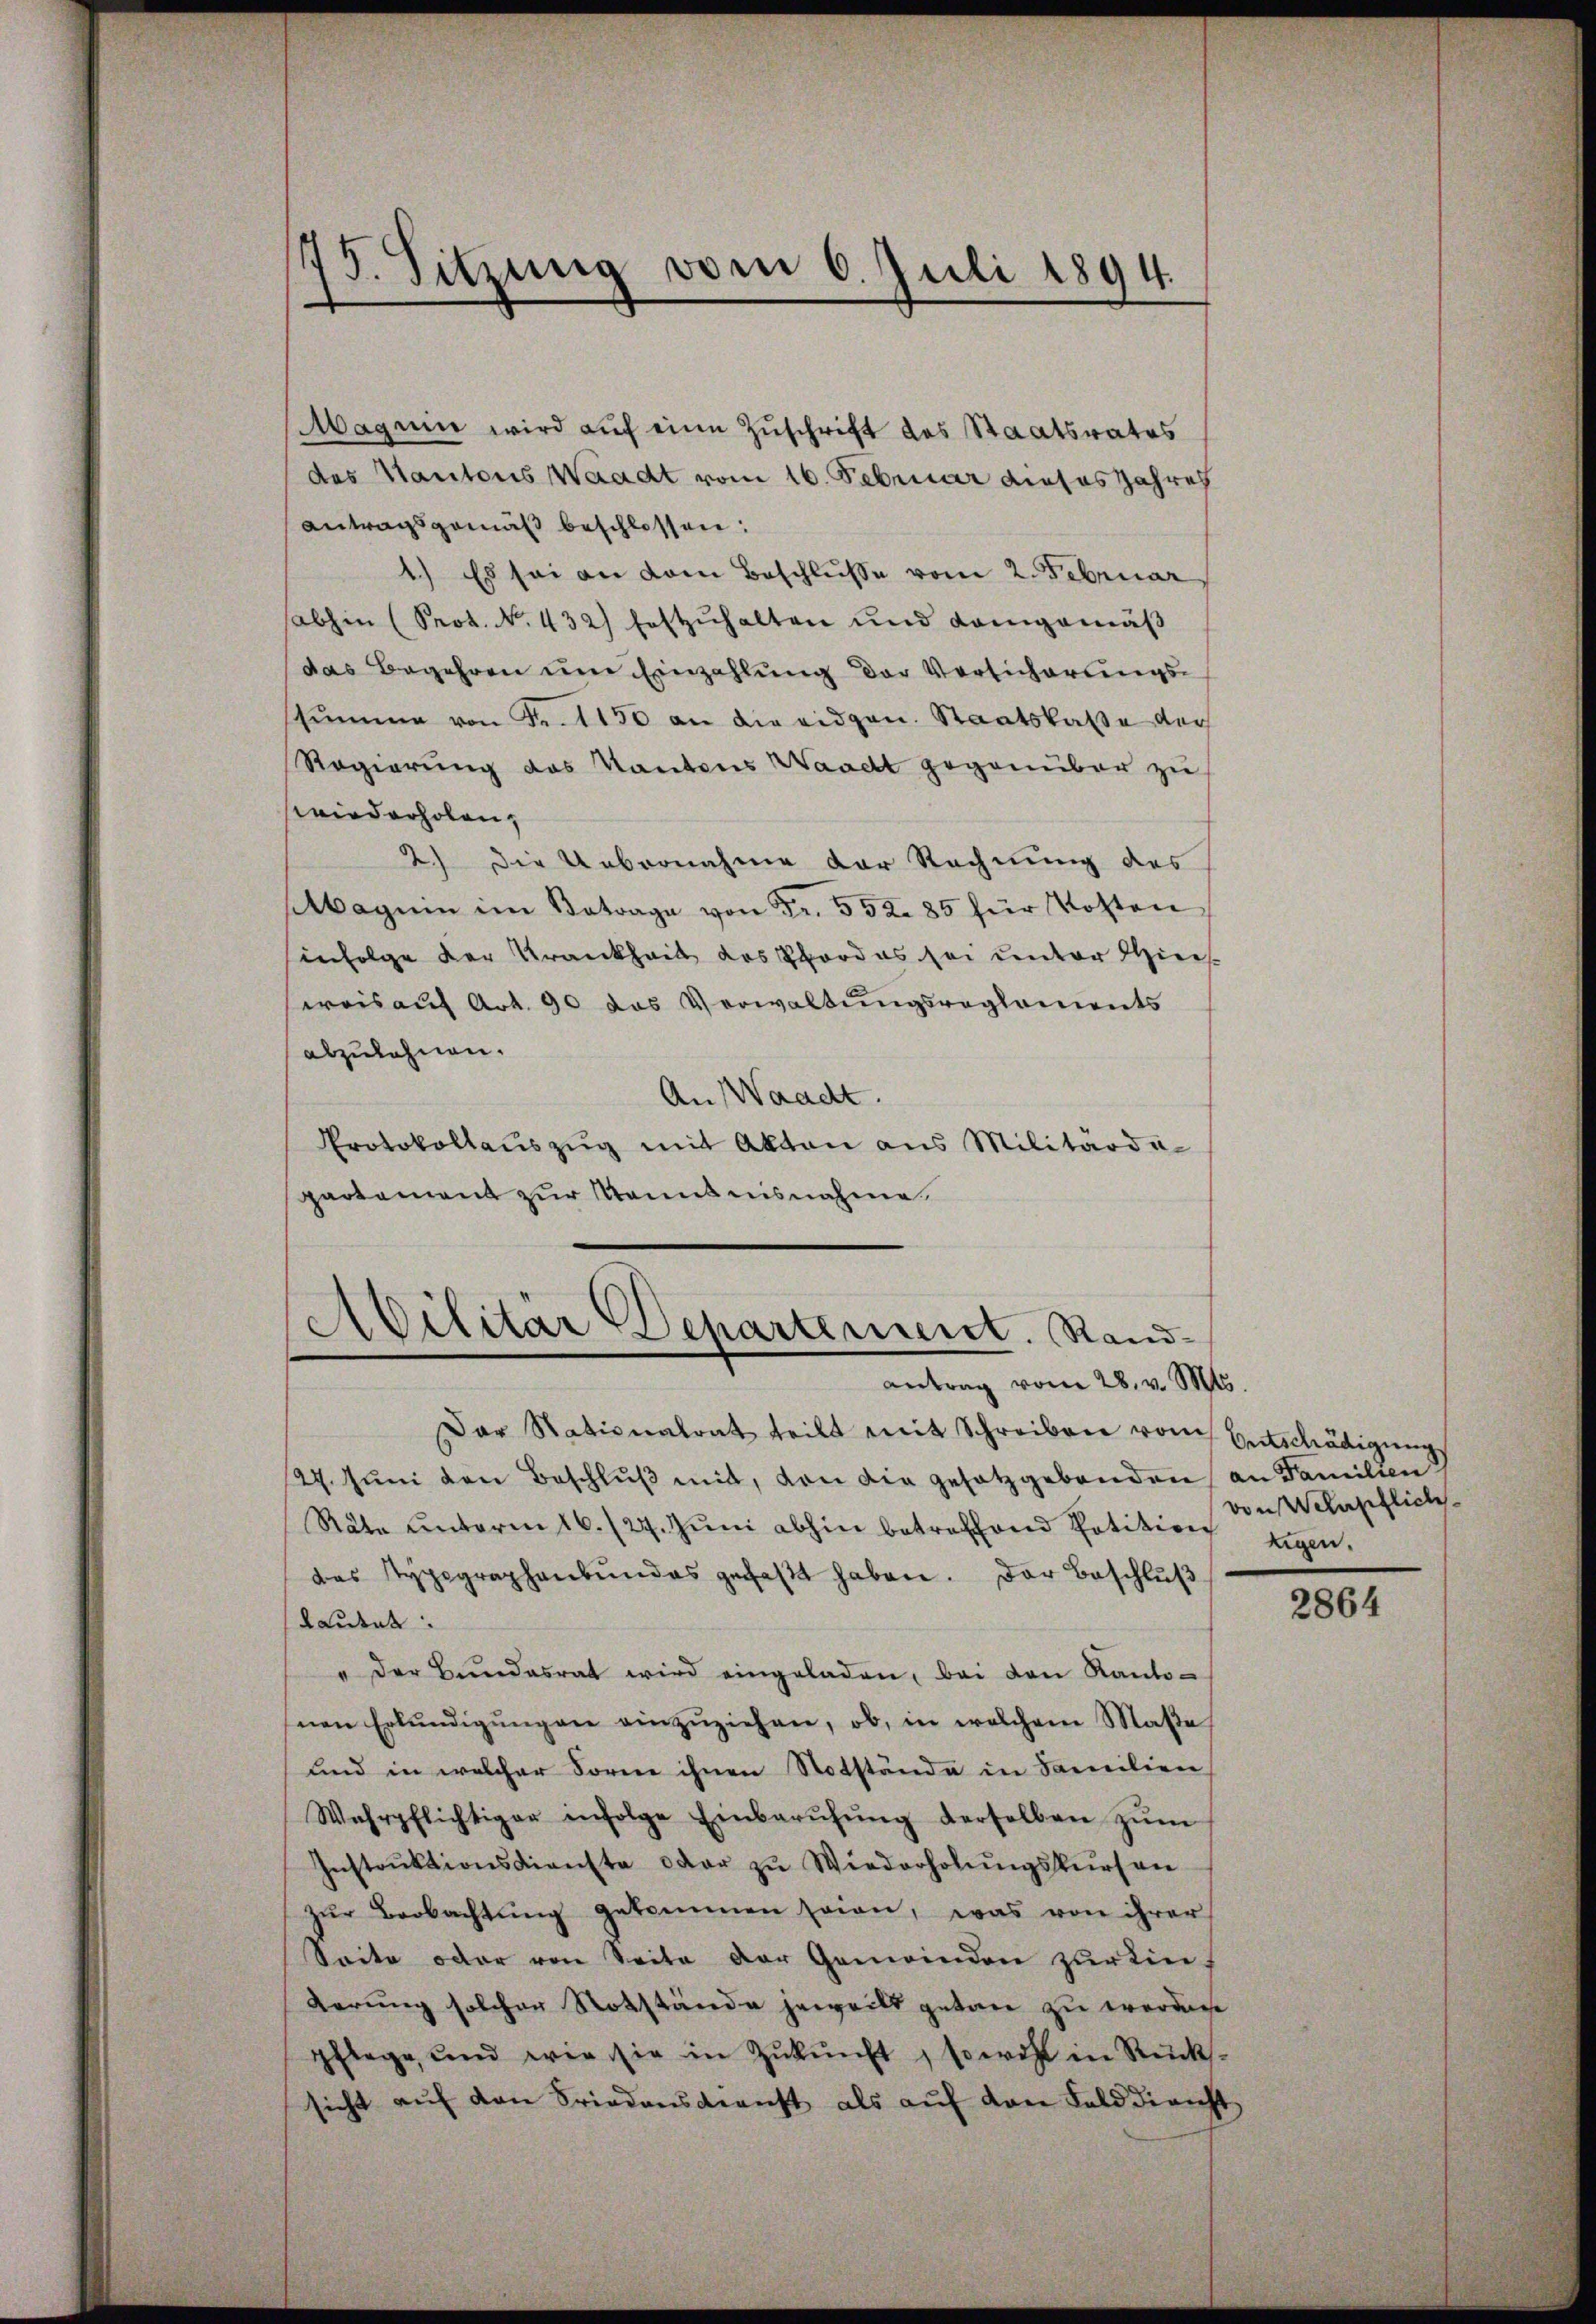
Magnin wird auf eine Zuschrift des Staatsrates
des Kantons Waadt vom 16. Februar dieses Jahre
Antragsgemäß beschlossen:
1.) Es sei an dem Beschlusse vom 2. Februar
abhin (Prot. No. 432) festzŭhalten und Kamgemäβ
das Begehren um Einzahlung der Versicherungsstumme von Fr. 1150 an die eidgen. Staatskasse der
Regierung des Kantons Waacht gegenüber zu
wiederholen,
2) Die Uebernahme der Rechnung des
Maguin im Betrage von Fr. 552. 85 für Kosten
infolge der Krankheit des Pfordes sei unter Hinsserois auf Art. 90 das Verwaltungsreglements
abzulehnen.
An Waadt.
Protokollauszug mit Akten aus Militärdapartement zur Kenntnisnahme

.
15. Sitzung vom 6. Juli 1894.

Abilitär Departement. Randantrag vom 28. v. Mts.

Dar Stationalrat teilt mit Schreiben vom Entschädigungs
27. Jŭni den Beschlŭβ mit, von die gesetzgebenden an Familien
Räte unterm 16./27. Jŭni abhin betreffend Petition eigen,
das Typographenbŭndes gefaßt haben. Der Beschluß
Rautet:
" der Bŭndesrat wird eingeladen, bei den Kantonen Erkŭndigŭngen einzŭziehen, ob, in welchem Maße
und in welcher Forme ihnen Notstände in Familien
Wahrpflichtiger infolge Einberŭfŭng derselben zŭm
Instrŭktionsdienste oder zu Wiederholŭngskursen
zur Beobachtung gekommen seien, was von ihrer
Seite oder von Seite der Gemeinden zŭr Einf
derung solcher Notstände jeweilt getan zu werden
pflege und wie sie in Zŭkŭnft, sowohl in Rücks-
sicht aŭf den Friedenskraft als aŭf den Falddienst

von Wehrpflich

2864